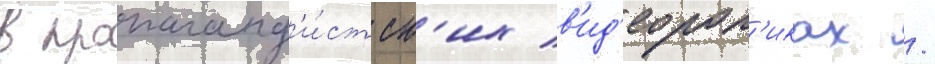
в пропаганд'и́стск'их в'ид'еорол'иках /